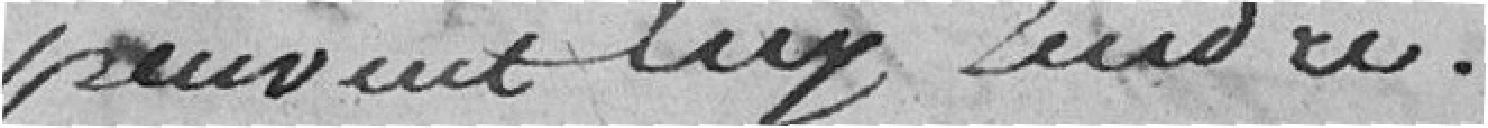
peuvent lui rendre.